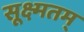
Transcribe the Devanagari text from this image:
सूक्ष्मतम्